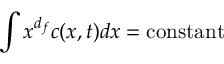
\int x ^ { d _ { f } } c ( x , t ) d x = { \mathrm { c o n s t a n t } }